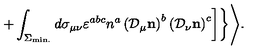
\left. \left. + \int _ { \Sigma _ { \mathrm { m i n . } } } ^ { } d \sigma _ { \mu \nu } \varepsilon ^ { a b c } n ^ { a } \left( { \cal D } _ { \mu } { \bf n } \right) ^ { b } \left( { \cal D } _ { \nu } { \bf n } \right) ^ { c } \right] \right\} \Biggr > .